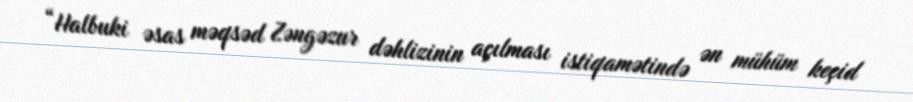
“Halbuki əsas məqsəd Zəngəzur dəhlizinin açılması istiqamətində ən mühüm keçid